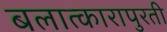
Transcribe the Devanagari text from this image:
बलात्कारापुरती